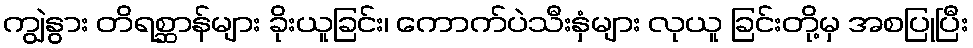
ကျွဲနွား တိရစ္ဆာန်များ ခိုးယူခြင်း၊ ကောက်ပဲသီးနှံများ လုယူ ခြင်းတို့မှ အစပြုပြီး